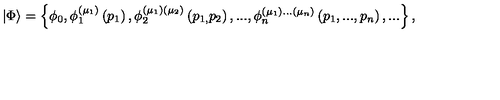
\left| \Phi \right\rangle = \left\{ \phi _ { 0 } , \phi _ { 1 } ^ { ( \mu _ { 1 } ) } \left( p _ { 1 } \right) , \phi _ { 2 } ^ { ( \mu _ { 1 } ) ( \mu _ { 2 } ) } \left( p _ { 1 , } p _ { 2 } \right) , . . . , \phi _ { n } ^ { ( \mu _ { 1 } ) . . . ( \mu _ { n } ) } \left( p _ { 1 } , . . . , p _ { n } \right) , . . . \right\} ,